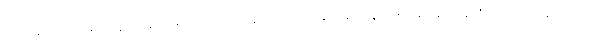
သက်ရှိ ဆဲလ်များတွင် အရေးပါသည့် ကဏ္ဍမှ ပါဝင်နေသည့် နျူကလစ်အက်ဆစ် တစ်မျိုးဖြစ်သည်။